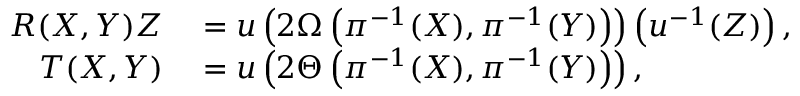
\begin{array} { r l } { R ( X , Y ) Z } & { { } = u \left( 2 \Omega \left( \pi ^ { - 1 } ( X ) , \pi ^ { - 1 } ( Y ) \right) \right) \left( u ^ { - 1 } ( Z ) \right) , } \\ { T ( X , Y ) } & { { } = u \left( 2 \Theta \left( \pi ^ { - 1 } ( X ) , \pi ^ { - 1 } ( Y ) \right) \right) , } \end{array}